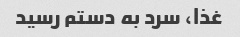
غذا، سرد به دستم رسید